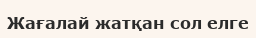
Жағалай жатқан сол елге